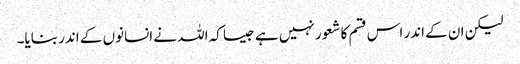
لیکن ان کے اندر اس قسم کا شعور نہیں ہے جیسا کہ اللہ نے انسانوں کے اندر بنایا۔